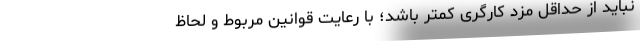
نباید از حداقل مزد کارگری کمتر باشد؛ با رعایت قوانین مربوط و لحاظ